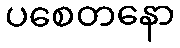
ပစေတနော